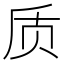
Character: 质